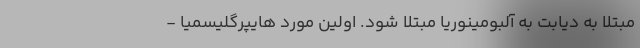
مبتلا به دیابت به آلبومینوریا مبتلا شود. اولین مورد هایپرگلیسمیا -